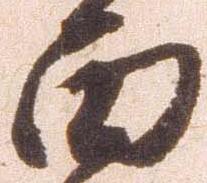
面